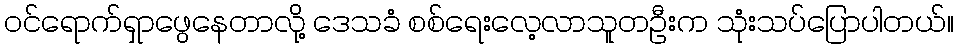
ဝင်ရောက်ရှာဖွေနေတာလို့ ဒေသခံ စစ်ရေးလေ့လာသူတဦးက သုံးသပ်ပြောပါတယ်။